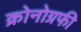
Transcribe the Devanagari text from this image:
क्रोनोग्रफी